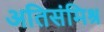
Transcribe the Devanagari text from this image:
अतिसंमिश्र